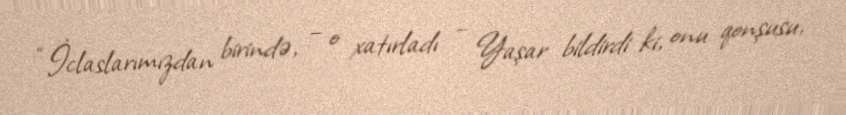
“İclaslarımızdan birində, – o xatırladı – Yaşar bildirdi ki, onu qonşusu,